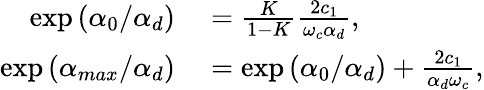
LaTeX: \begin{array}{rl}{\exp{(\alpha_{0}/\alpha_{d})}}&{{}=\frac{K}{1-K}\frac{2c_{1}}{\omega_{c}\alpha_{d}},}\\ {\exp{(\alpha_{max}/\alpha_{d})}}&{{}=\exp{(\alpha_{0}/\alpha_{d})}+\frac{2c_{1}}{\alpha_{d}\omega_{c}},}\end{array}